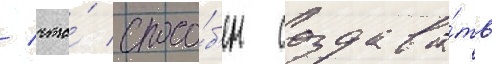
/ что́ спосо́б'ен создава́ть